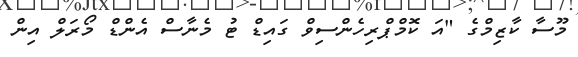
މޫސާ ކާޒިމްގެ "އަ ކޮމްޕްރިހެންސިވް ގައިޑް ޓު މެނާސް އެންޑް މޯރަލް އިން